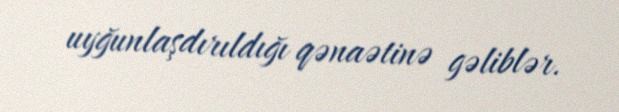
uyğunlaşdırıldığı qənaətinə gəliblər.